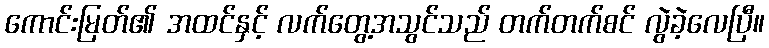
ကောင်းမြတ်၏ အထင်နှင့် လက်တွေ့အသွင်သည် တက်တက်စင် လွဲခဲ့လေပြီ။